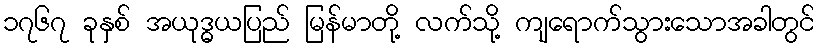
၁၇၆၇ ခုနှစ် အယုဒ္ဓယပြည် မြန်မာတို့ လက်သို့ ကျရောက်သွားသောအခါတွင်